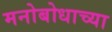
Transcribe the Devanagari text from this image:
मनोबोधाच्या